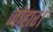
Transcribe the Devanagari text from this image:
जोहार।